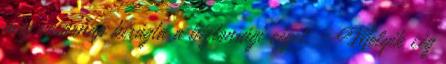
még vasárnap kirúgta a biztonsági céget. - Melyik cég